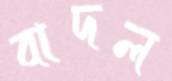
বাদল